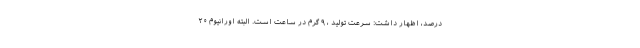
درصد، اظهار داشت: سرعت تولید ، ۹ گرم در ساعت است. البته اورانیوم ۲۰